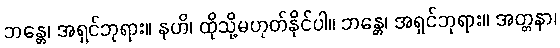
ဘန္တေ၊ အရှင်ဘုရား။ နဟိ၊ ထိုသို့မဟုတ်နိုင်ပါ။ ဘန္တေ၊ အရှင်ဘုရား။ အတ္တနာ၊